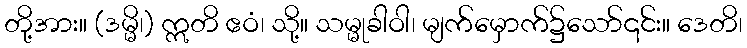
တို့အား။ (ဒမ္မိ၊) ဣတိ ဧဝံ၊ သို့။ သမ္မုခါဝါ၊ မျက်မှောက်၌သော်၎င်း။ ဒေတိ၊